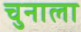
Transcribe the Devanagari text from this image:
चुनाला